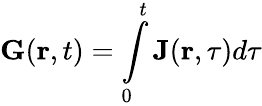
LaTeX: \mathbf{G}(\mathbf{r},t)=\intop_{0}^{t}\mathbf{J}(\mathbf{r},\tau)d\tau